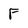
Character: F